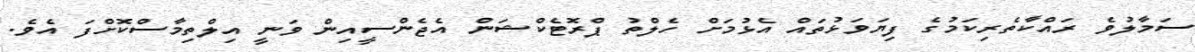
ސަމާލުވެ ރައްކާތެރިކަމުގެ ފިޔަވަޅުތައް އެޅުމަށް ހެލްތު ޕްރޮޓެކްޝަން އެޖެންސީއިން ވަނީ އިލްތިމާސްކޮށްފަ އެވެ.